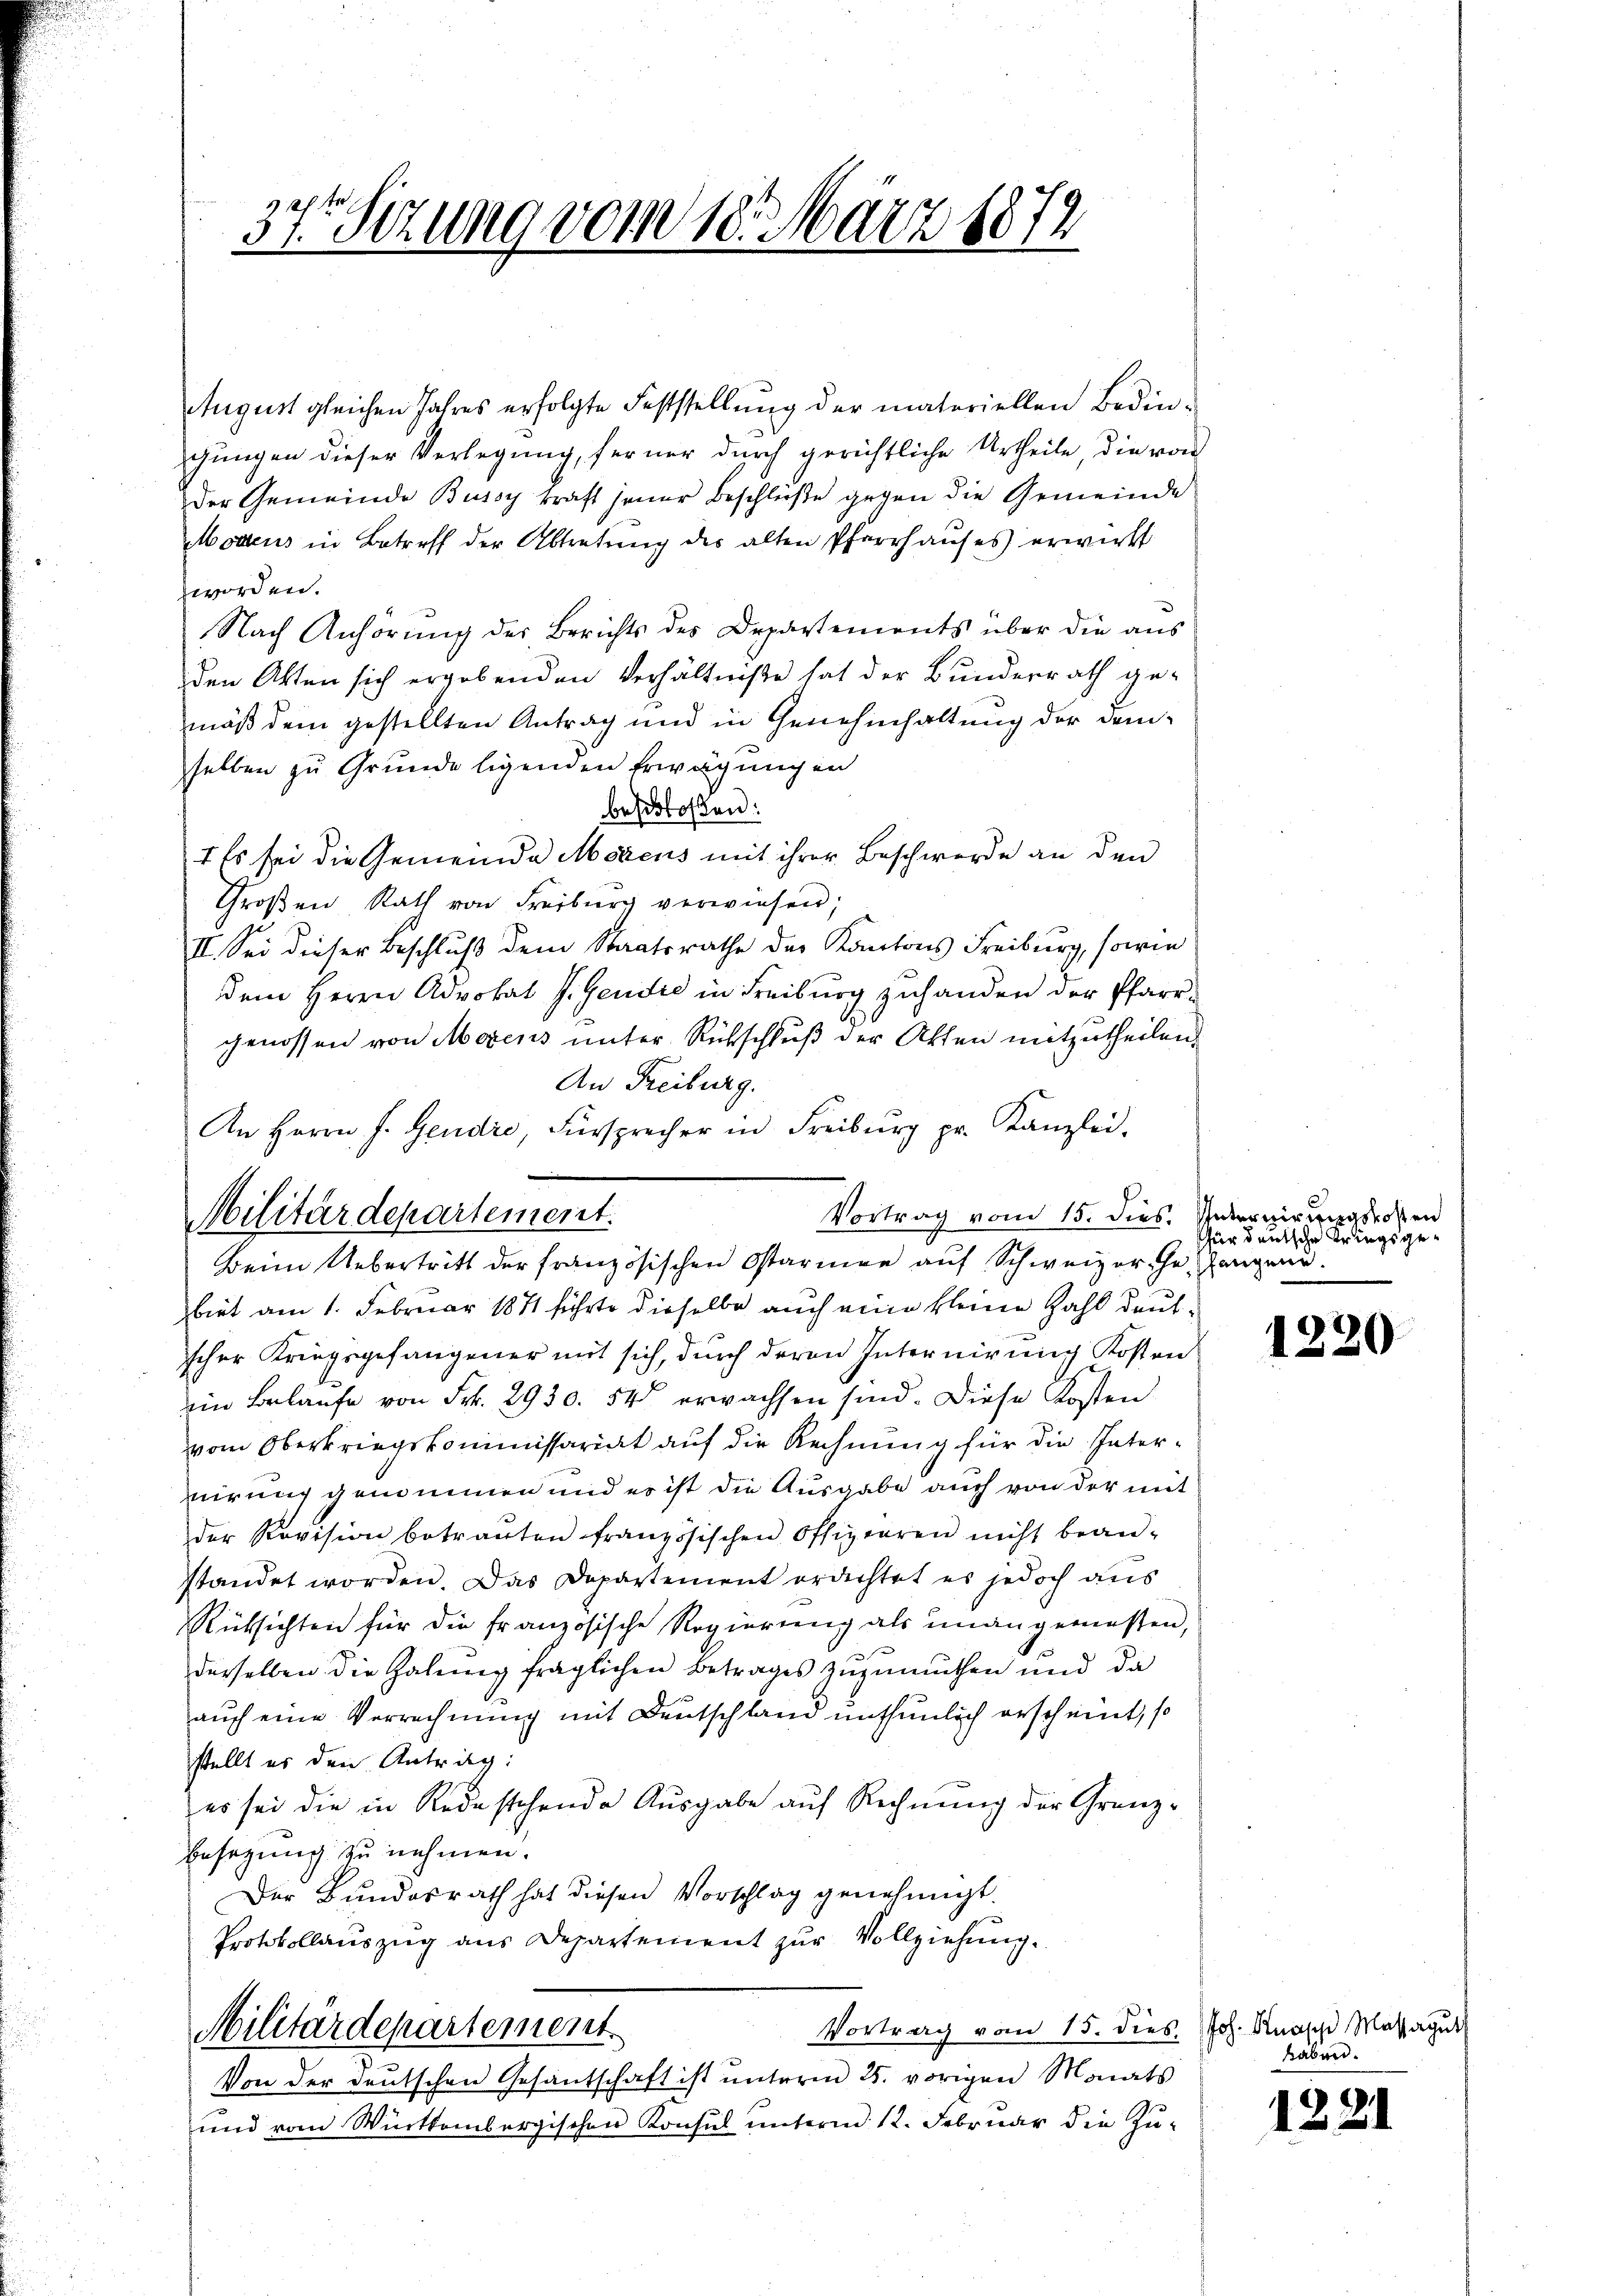
37. Sitzung vom 18. März 1874

August gleichen Jahres erfolgte Feststellung der materiellen Bedin-
gungen dieser Verlegung, ferner durch gerichtliche Urtheile die von
der Gemeinde Bussy kraft jener Beschlüße gegen die Gemeinde
Moacus in Betreff der Abtretŭng des alten Pfarrhauses erwirkt
worden.
Nach Anhörung der Berichts des Departements über die aus
den Akten sich ergebenden Verhältniße hat der Bunderrath ge-
mäß dem gestellten Antrag und in Genehmhaltung der demselben zu Grunde ligenden Erwägungen
beschlossen:
1 Es sei die Gemeinde Mögens mit ihrer Beschwerde an den
Großen Rath von Freiburg verwiesen;
II. Sei dieser Beschluß dem Staatsrathe des Kantons Freiburg, sowie
dem Herrn Advokat J. Gendić in Freiburg zuhanden der Pfarrgenossen von Morens unter Rückschluß der Akten mitzutheilen,
An Freiburg.
An Herrn J. Gendio, Fürsprecher in Freiburg pr. Kanzlei.
Vortrag vom 15. dies. Internirungsrosen
Militärdepartement.
Beim Uebertritt der französischen Starmen auf Schweizer ihn angene
biet am 1. Februar 1871 führte dieselbe auch eine kleine Zahl deutscher Kriegsgefangener mit sich, durch deren Internirung Kosten
ein Belaufe von Frk. 2930. 54 erwachsen sind. Diese Kosten
vom Oberkriegskommissariat auf die Rechnung für die Vaternirung genommen und es ist die Ausgabe auch von der mit
der Revision betrauten französischen Offizieren nicht bean-
standet worden. Das Departement erdichtet es jedoch aus
Rüksichten für die französische Regierung als unangemessen,
derselben die Habung fraglichen Betrages zuzumuthen und da
auch eine Verrechnung mit Deutschland unthunlich erscheint, so
stellt es den Antrag:
es sei die in Rede stehende Ausgabe auf Rechnung der Granz-
Besetzung zu nehmen.
Der Bundesrath hat diesen Vorschlag genehmigt.
Protokollauszug aus Departement zur Vollziehung.

Militärdepartement

Vortrag vom 15. dies

Von der deutschen Gesantschaft ist unterm 25. vorigen Monats
und vom Württembergischen Konsul unterm 12. Februar die Zu-

für deutsche Kriegsge¬

1220

Joh. Knapp Massagut
haben.

1221